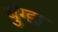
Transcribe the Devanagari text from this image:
बुंग्द्य